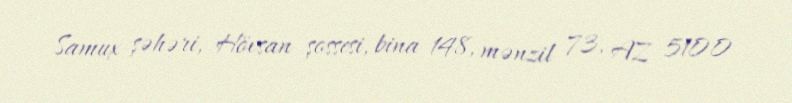
Samux şəhəri, Hövsan şossesi, bina 148, mənzil 73, AZ 5100